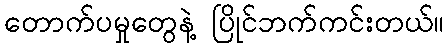
တောက်ပမှုတွေနဲ့ ပြိုင်ဘက်ကင်းတယ်။